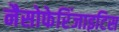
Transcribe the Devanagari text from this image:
नैसोफेरिंजाइटिस